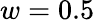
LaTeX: w=0.5